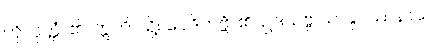
ကို။ ဝုတ္တံ၊ ၏။ ဣတိ၊ သို့။ ဝေဒိတဗ္ဗံ၊ ၏။ ဥဒယဗ္ဗ ယာနုပဿနာယ၊